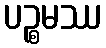
ပဉ္စမဿ